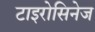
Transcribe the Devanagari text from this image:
टाइरोसिनेज